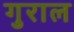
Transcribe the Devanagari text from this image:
गुराल